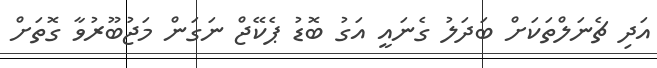
އަދި ޗެނަލްތަކަށް ބަދަލު ގެނައީ އަގު ބޮޑު ޕެކޭޖް ނަގަން މަޖުބޫރުވާ ގޮތަށް